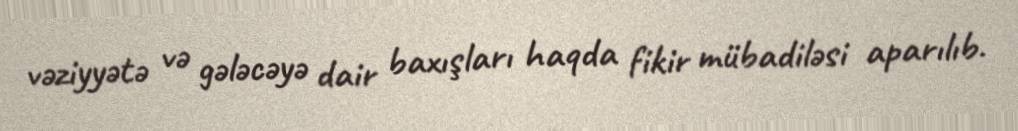
vəziyyətə və gələcəyə dair baxışları haqda fikir mübadiləsi aparılıb.